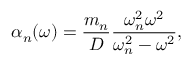
\alpha _ { n } ( \omega ) = \frac { m _ { n } } { D } \frac { \omega _ { n } ^ { 2 } \omega ^ { 2 } } { \omega _ { n } ^ { 2 } - \omega ^ { 2 } } ,